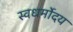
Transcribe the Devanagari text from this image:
स्वधर्मोदय